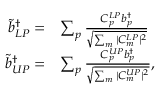
\begin{array} { r l } { \Tilde { b } _ { L P } ^ { \dagger } = } & { \sum _ { p } \frac { C _ { p } ^ { L P } { b } _ { p } ^ { \dagger } } { \sqrt { \sum _ { m } | C _ { m } ^ { L P } | ^ { 2 } } } } \\ { \Tilde { b } _ { U P } ^ { \dagger } = } & { \sum _ { p } \frac { C _ { p } ^ { U P } { b } _ { p } ^ { \dagger } } { \sqrt { \sum _ { m } | C _ { m } ^ { U P } | ^ { 2 } } } , } \end{array}